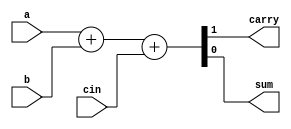
module adder(
  input a, 
  input b, 
  input cin, 
  output reg carry, 
  output reg sum 
);
reg [1:0] s1;
always@(a,b,cin) begin 
  s1 = {1'b0,a} + {1'b0,b} + {1'b0,cin};
end
assign carry = s1[1];
assign sum   = s1[0];
endmodule